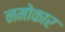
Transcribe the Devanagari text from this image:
नमोकार